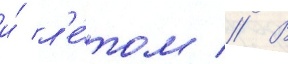
и́ л'е́том // В